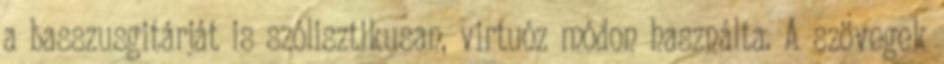
a basszusgitárját is szólisztikusan, virtuóz módon használta. A szövegek